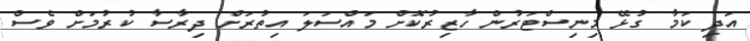
އަދި ކަމާ ގުޅޭ މިނިސްޓަރުން ހާޒިރުކޮށް މައްސަލަ އިތުރަށް ދިރާސާ ކުރުމަށް ވެސް